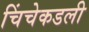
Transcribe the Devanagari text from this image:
चिंचेकडली